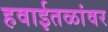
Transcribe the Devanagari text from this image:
हवाईतळांवर